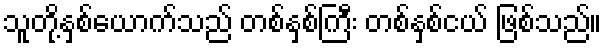
သူတို့နှစ်ယောက်သည် တစ်နှစ်ကြီး တစ်နှစ်ငယ် ဖြစ်သည်။